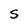
Character: S